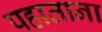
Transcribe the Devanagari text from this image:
पहाताना